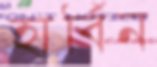
হার্বিন